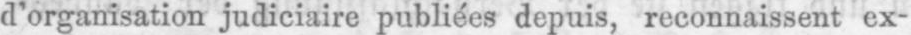
d’organisation judiciaire publiées depuis, reconnaissent ex-